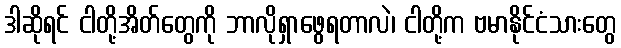
ဒါဆိုရင် ငါတို့အိတ်တွေကို ဘာလိုရှာဖွေရတာလဲ၊ ငါတို့က ဗမာနိုင်ငံသားတွေ